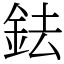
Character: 鉣